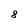
Character: 8